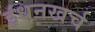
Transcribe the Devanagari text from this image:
इंधनखर्च